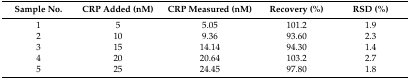
<table><thead><tr><td><b>Sample No.</b></td><td><b>CRP Added (nM)</b></td><td><b>CRP Measured (nM)</b></td><td><b>Recovery (%)</b></td><td><b>RSD (%)</b></td></tr></thead><tbody><tr><td>1</td><td>5</td><td>5.05</td><td>101.2</td><td>1.9</td></tr><tr><td>2</td><td>10</td><td>9.36</td><td>93.60</td><td>2.3</td></tr><tr><td>3</td><td>15</td><td>14.14</td><td>94.30</td><td>1.4</td></tr><tr><td>4</td><td>20</td><td>20.64</td><td>103.2</td><td>2.7</td></tr><tr><td>5</td><td>25</td><td>24.45</td><td>97.80</td><td>1.8</td></tr></tbody></table>